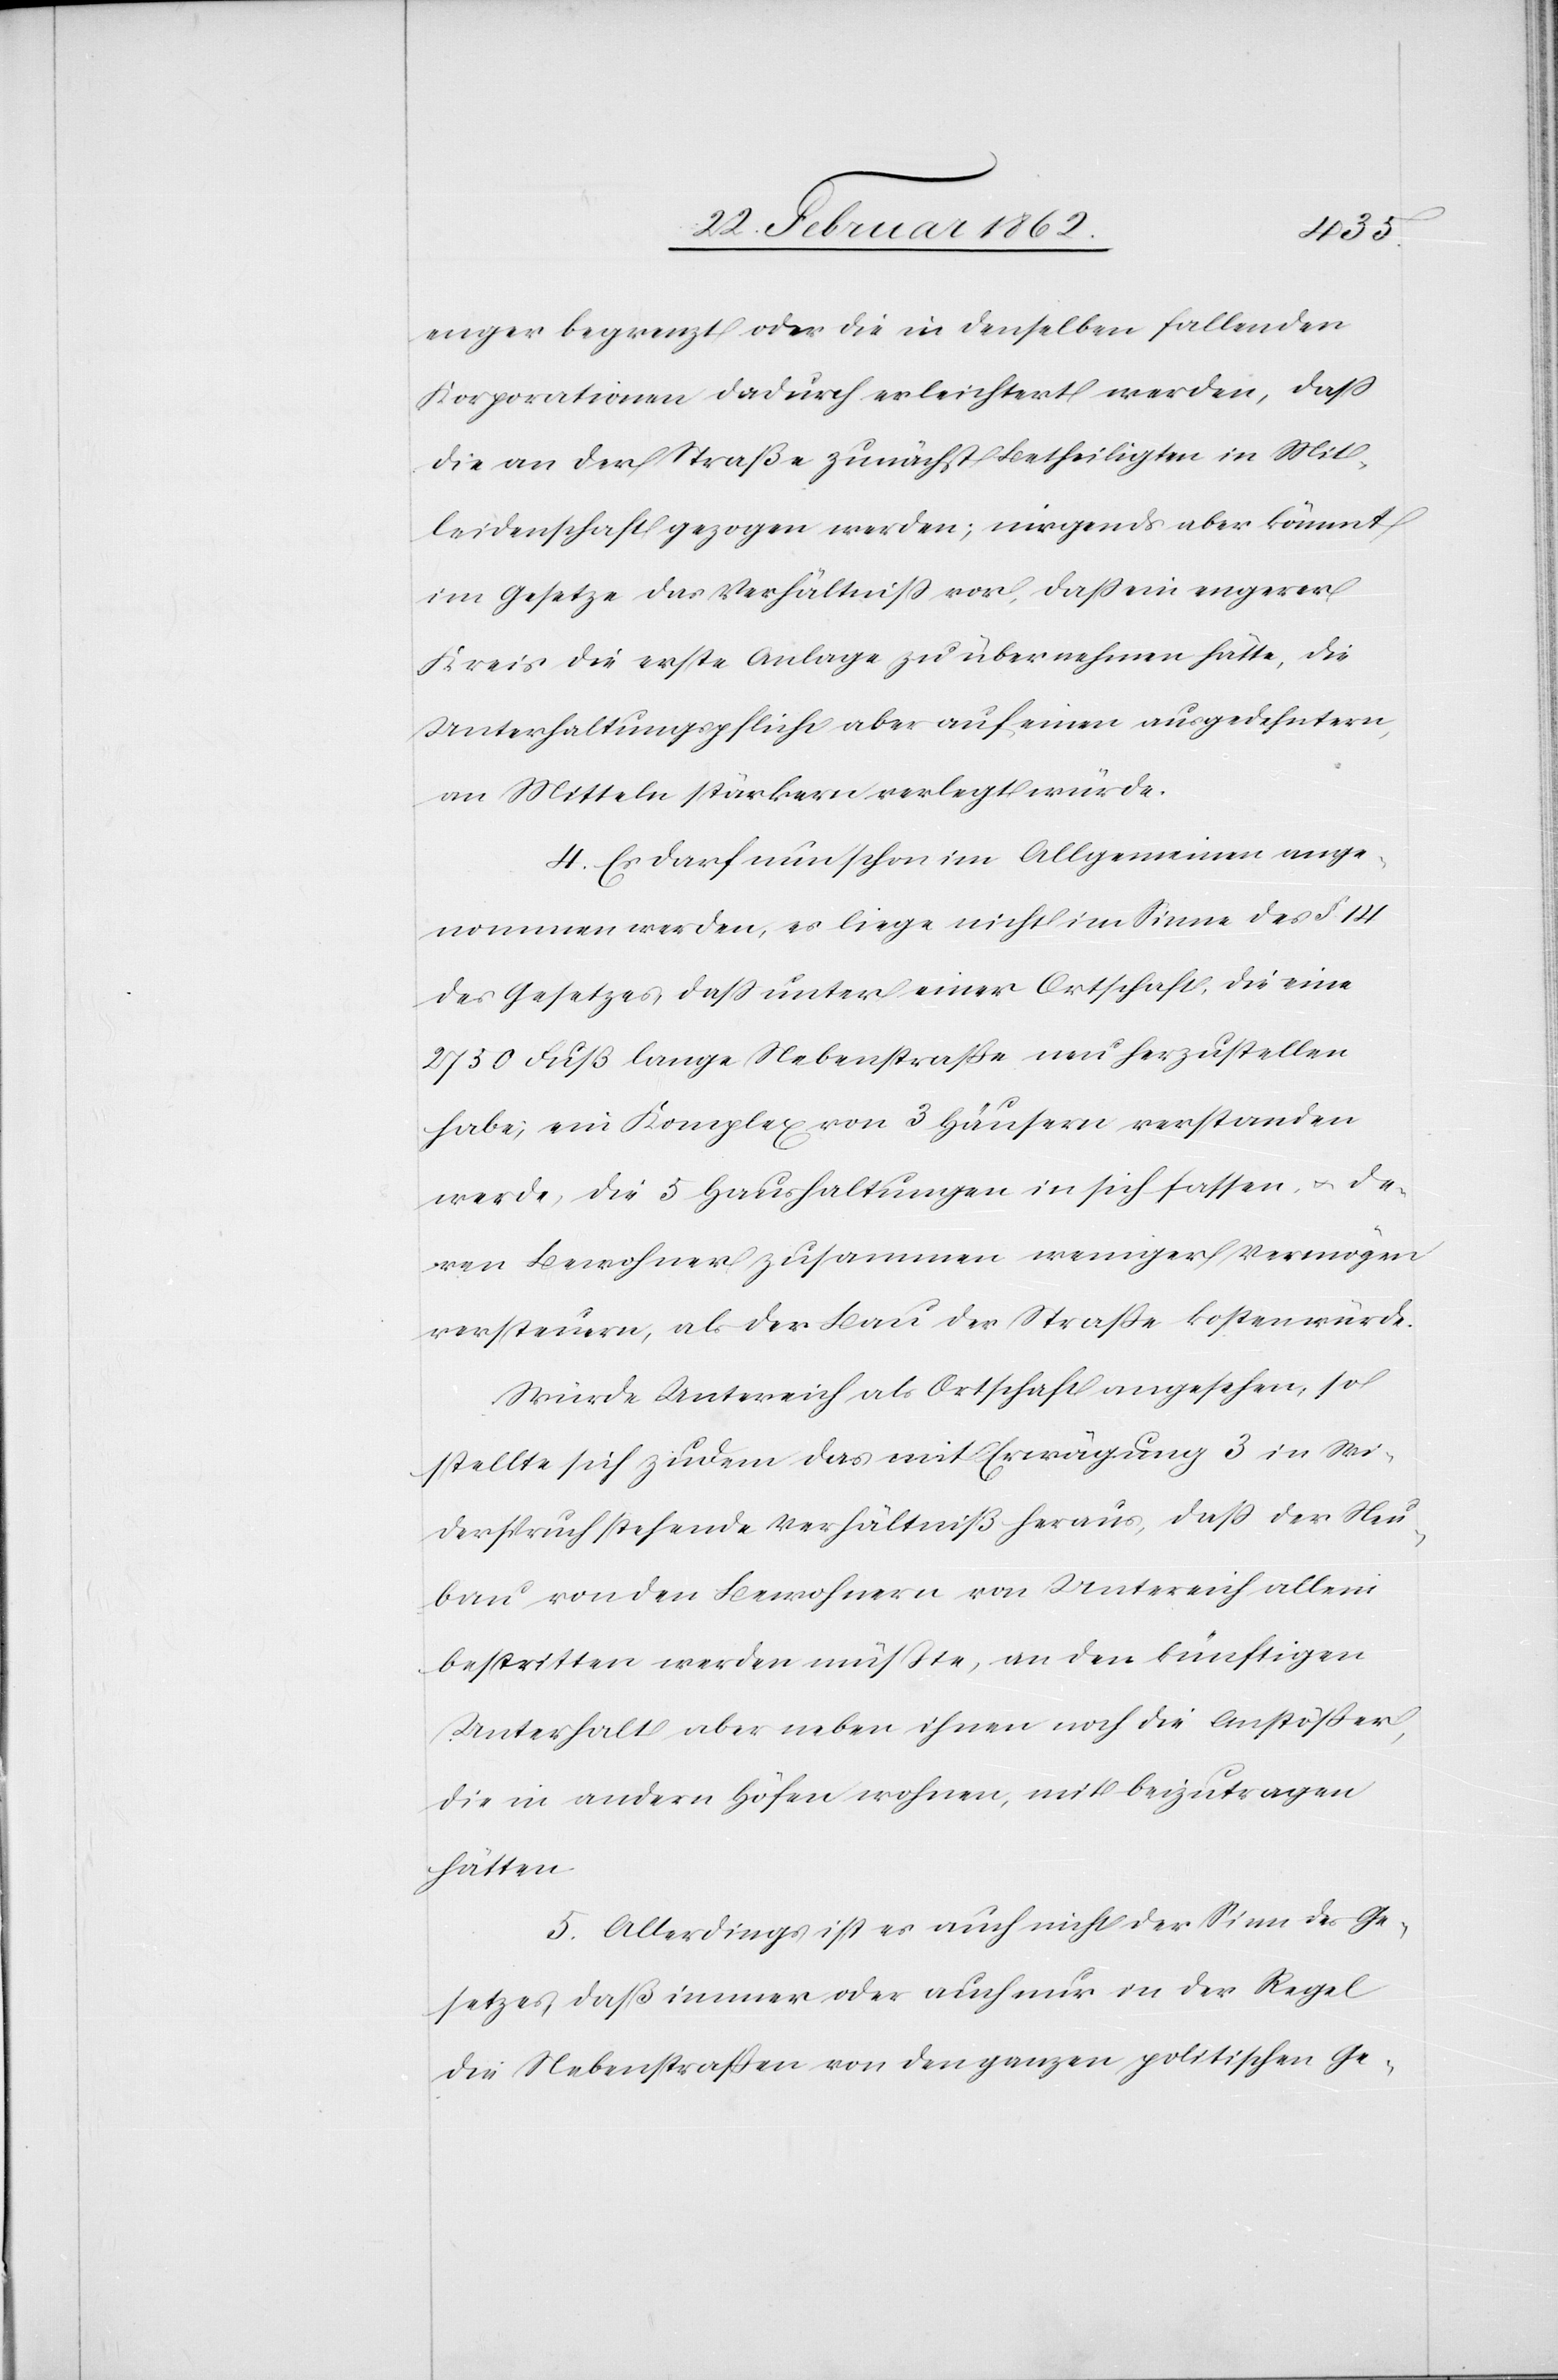
enger begrenzt oder die in denselben fallenden
Korporationen dadurch erleichtert werden, daß
die an der Straße zunächst betheiligten in Mit¬
leidenschaft gezogen werden; nirgends aber kömmt
im Gesetze das Verhältniß vor, daß ein engerer
Kreis die erste Anlage zu übernehmen hätte, die
Unterhaltungspflicht aber auf einen ausgedehntern,
an Mitteln stärkern verlegt würde.
4) Es darf nun schon im Allgemeinen ange¬
nommen werden, es liege nicht im Sinne des § 14
des Gesetzes daß unter einer Ortschaft, die eine
2750 Fuß lange Nebenstraße neu herzustellen
habe, ein Komplex von 3 Häusern verstanden
werde, die 5 Haushaltungen in sich fassen, u. de¬
ren Bewohner zusammen weniger Vermögen
versteuern, als der Bau der Straße kosten würde.
Würde Untereich als Ortschaft angesehen, so
stellte sich zudem das mit Erwägung 3 in Wi¬
derspruch stehende Verhältniß heraus, daß der Neu¬
bau von den Bewohnern von Untereich allein
bestritten werden müßte, an den künftigen
Unterhalt aber neben ihnen noch die Anstößer,
die in andern Höfen wohnen, mit beizutragen
hätten.
5) Allerdings ist es auch nicht der Sinn des Ge¬
setzes, daß immer oder auch nur in der Regel
die Nebenstraßen von den ganzen politischen Ge-